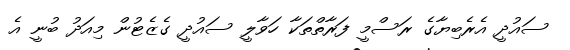
ސައުދީ އެރެބިޔާގެ ރަސްމީ ފަރާތްތަކާ ހަވާލީ ސައުދީ ގެޒެޓުން މިއަދު ބުނީ އެ